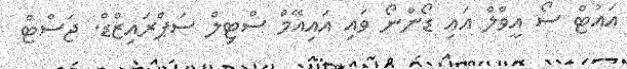
އައުޓް ސޯ އީވްލް އައި ޑޯންނޯ ވައި އައިއޭމް ސްޓިލް ސަޕްރައިޒްޑް. ޖަސްޓް